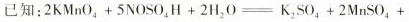
已知：2KMnO_{4}+5NOSO_{4}H+2H_{2}O=K_{2}SO_{4}+2MnSO_{4}+